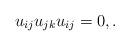
LaTeX: \begin{gather*}u_{ij} u_{jk} u_{ij} = 0, .\end{gather*}